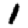
Digit: 1